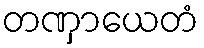
တဏှာယေတံ